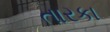
તારકા